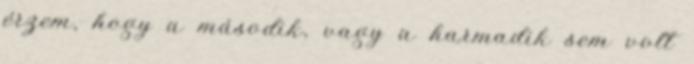
érzem, hogy a második, vagy a harmadik sem volt